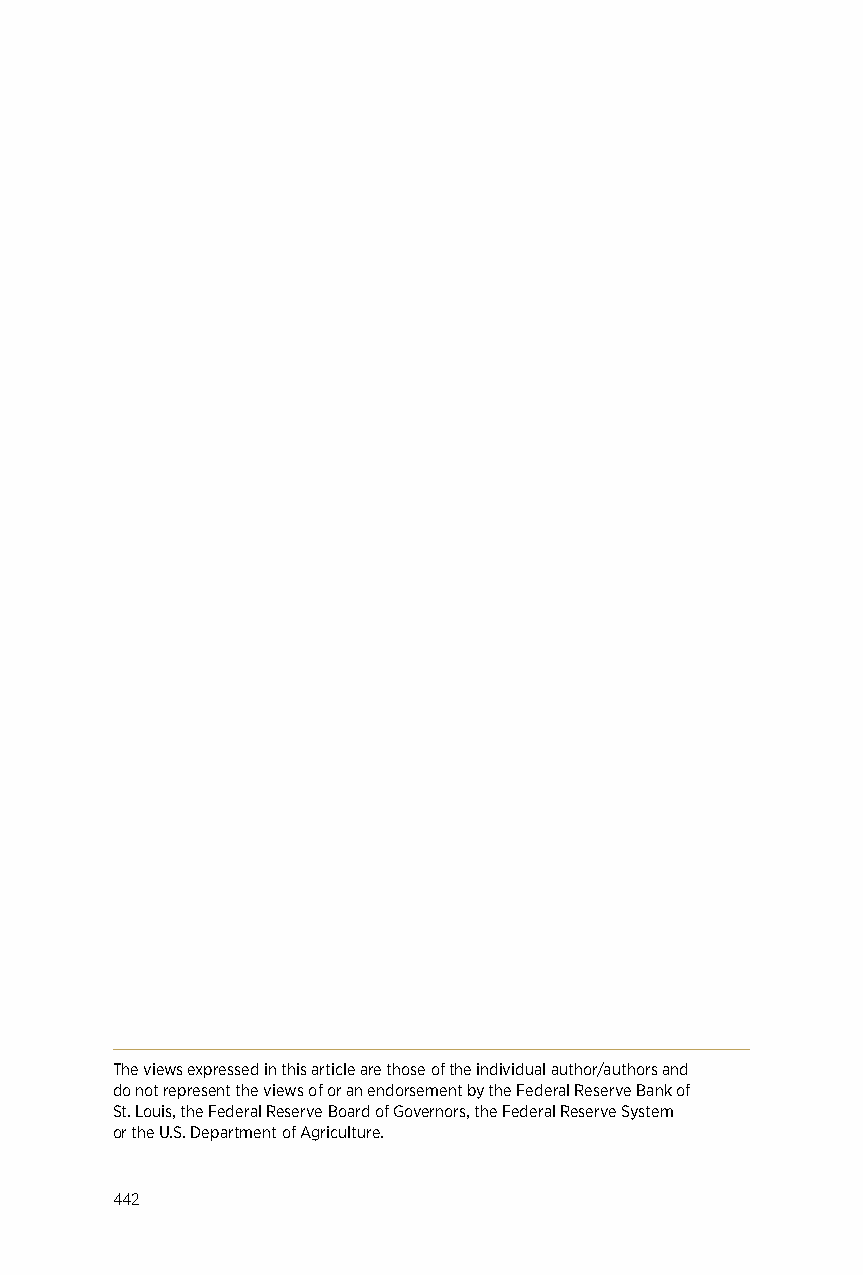
The views expressed in this article are those of the individual author/authors and
 do not represent the views of or an endorsement by the Federal Reserve Bank of
 St. Louis, the Federal Reserve Board of Governors, the Federal Reserve System
 or the U.S. Department of Agriculture.
 442